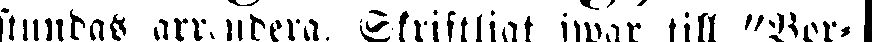
stundas arrendera. Skriftligt swar till "Bor-